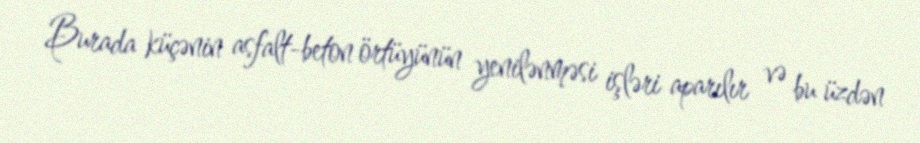
Burada küçənin asfalt-beton örtüyünün yenilənməsi işləri aparılır və bu üzdən